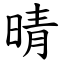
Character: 晴